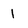
Character: 1